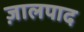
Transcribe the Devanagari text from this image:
ज़ालपाद